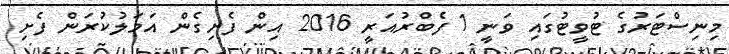
މިނިސްޓަރުގެ ޓުވީޓުގައި ވަނީ 1 ފެބްރުއަރީ 2016 އިން ފެށިގެން އަމަލުކުރަން ފެށި